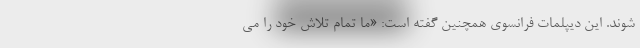
شوند. این دیپلمات فرانسوی همچنین گفته است: «ما تمام تلاش خود را می